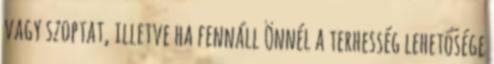
vagy szoptat, illetve ha fennáll Önnél a terhesség lehetősége